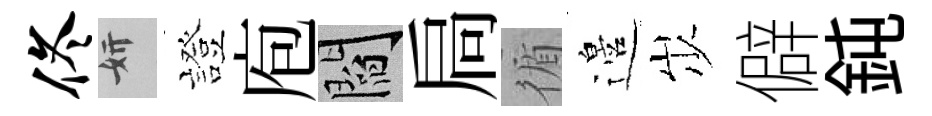
佟妍證庖閻扃循邉𡵯僻鈍